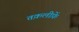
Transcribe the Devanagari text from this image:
तक़लीफ़ें